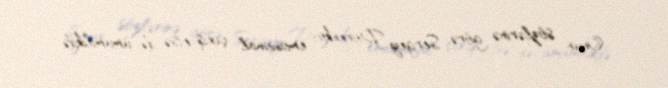
Onun sözlərinə görə, Sergey Dorenko emosional çıxış etsə də, ümumilikdə